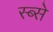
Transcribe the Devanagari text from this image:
स्ब्से